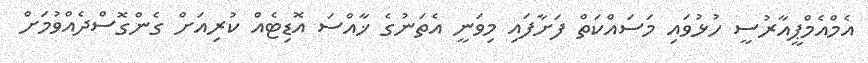
އެމްއެމްޕީއާރުސީ ހުޅުވައި މަސައްކަތް ފަށާފައި މިވަނީ އެތަނުގެ ޚާއްސަ އޮޑިޓެއް ކުރިއަށް ގެންގޮސްދެއްވުމަށް